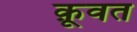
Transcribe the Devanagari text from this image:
कू़वत